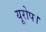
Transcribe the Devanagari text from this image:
यूरोप।